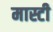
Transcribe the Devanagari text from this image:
मास्टी